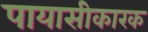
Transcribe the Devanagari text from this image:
पायासीकारक